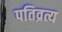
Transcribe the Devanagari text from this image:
पतिव्रत्य